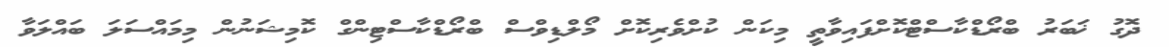
ދޮގު ޚަބަރު ބްރޯޑްކާސްޓްކޮށްފައިވާތީ މިކަން ކުށްވެރިކޮށް މޯލްޑިވްސް ބްރޯޑްކާސްޓިންގް ކޮމިޝަނުން މިމައްސަލަ ބައްލަވާ